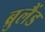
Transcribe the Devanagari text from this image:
ब्रुलैंड